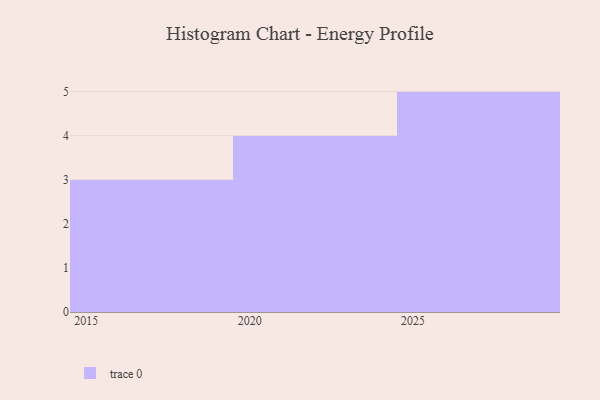
{"axis": {"x": "Year", "y": "Waste Production (Tons)"}, "legend": [""], "data": [{"x": "2024", "y": 75, "type": ""}, {"x": "2029", "y": 62, "type": ""}, {"x": "2017", "y": 74, "type": ""}, {"x": "2015", "y": 73, "type": ""}, {"x": "2023", "y": 57, "type": ""}, {"x": "2028", "y": 58, "type": ""}, {"x": "2022", "y": 46, "type": ""}, {"x": "2016", "y": 18, "type": ""}, {"x": "2025", "y": 60, "type": ""}, {"x": "2027", "y": 40, "type": ""}, {"x": "2026", "y": 50, "type": ""}, {"x": "2020", "y": 68, "type": ""}]}